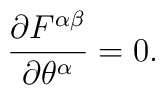
{\partial F^{\alpha\beta}\over{\partial\theta^\alpha}}=0.